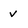
Character: v